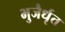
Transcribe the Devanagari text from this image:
भुजैर्धृत